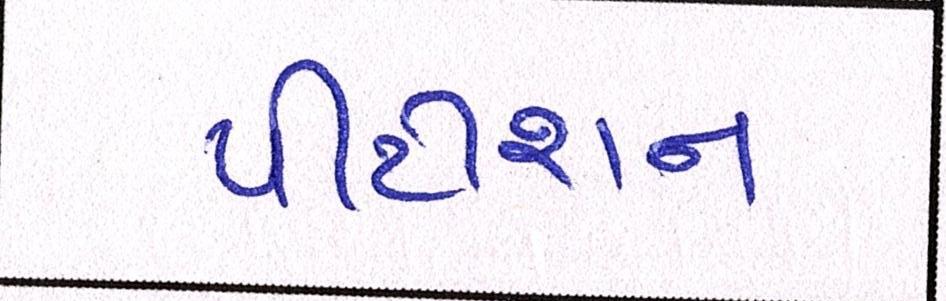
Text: પીટીશન